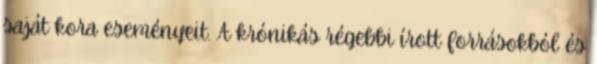
saját kora eseményeit. A krónikás régebbi írott forrásokból és